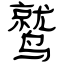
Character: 鹫